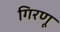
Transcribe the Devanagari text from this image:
गिरणू